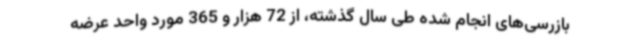
بازرسی‌های انجام شده طی سال گذشته، از 72 هزار و 365 مورد واحد عرضه